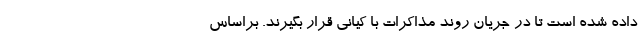
داده شده است تا در جریان روند مذاکرات با کیانی قرار بگیرند. براساس